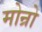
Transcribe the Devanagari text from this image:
मोन्रो